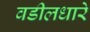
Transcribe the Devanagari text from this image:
वडीलधारे